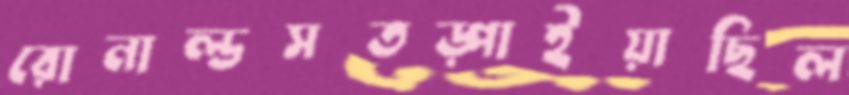
রোনাল্ডসতড়্‌পাইয়াছিল